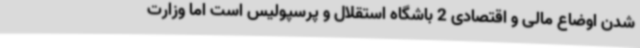
شدن اوضاع مالی و اقتصادی 2 باشگاه استقلال و پرسپولیس است اما وزارت